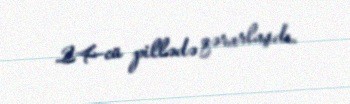
24-cü pillədə qərarlaşdı.